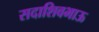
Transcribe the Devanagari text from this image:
सदाशिवभाऊ